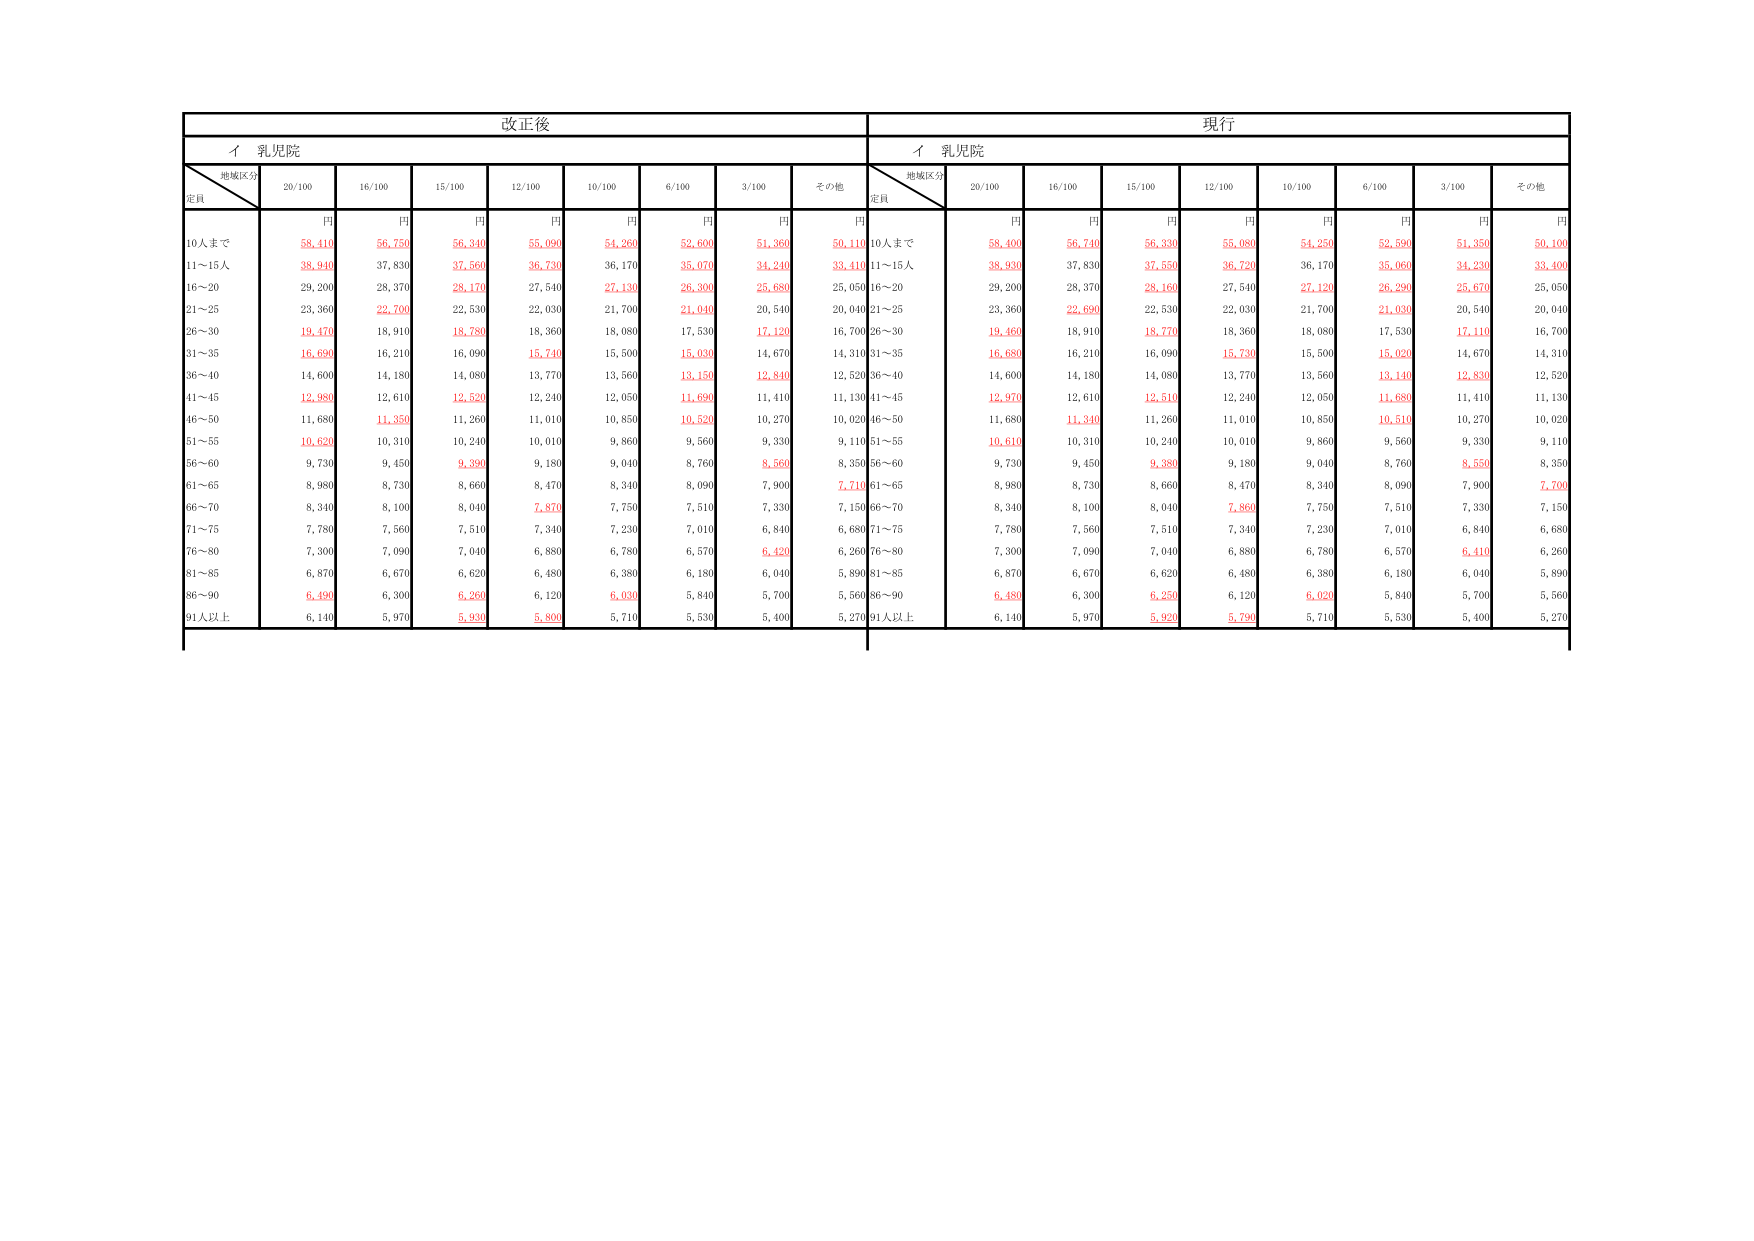
改正後
現行
イ 乳児院
イ 乳児院
地域区分
定員
20/100
16/100
15/100
12/100
10/100
6/100
3/100
その他
地域区分
定員
20/100
16/100
15/100
12/100
10/100
6/100
3/100
その他
円
円
円
円
円
円
円
円
円
円
円
円
円
円
円
円
円
円
10人まで
58,410
56,750
56,340
55,090
54,260
52,600
51,360
50,110
10人まで
58,400
56,740
56,330
55,080
54,250
52,590
51,350
50,100
11～15人
38,940
37,830
37,560
36,730
36,170
35,070
34,240
33,410
11～15人
38,930
37,830
37,550
36,720
36,170
35,060
34,230
33,400
16～20
29,200
28,370
28,170
27,540
27,130
26,300
25,680
25,050
16～20
29,200
28,370
28,160
27,540
27,120
26,290
25,670
25,050
21～25
23,360
22,700
22,530
22,030
21,700
21,040
20,540
20,040
21～25
23,360
22,690
22,530
22,030
21,700
21,030
20,540
20,040
26～30
19,470
18,910
18,780
18,360
18,080
17,530
17,120
16,700
26～30
19,460
18,910
18,770
18,360
18,080
17,530
17,110
16,700
31～35
16,690
16,210
16,090
15,740
15,500
15,030
14,670
14,310
31～35
16,680
16,210
16,090
15,730
15,500
15,020
14,670
14,310
36～40
14,600
14,180
14,080
13,770
13,560
13,150
12,840
12,520
36～40
14,600
14,180
14,080
13,770
13,560
13,140
12,830
12,520
41～45
12,980
12,610
12,520
12,240
12,050
11,690
11,410
11,130
41～45
12,970
12,610
12,510
12,240
12,050
11,680
11,410
11,130
46～50
11,680
11,350
11,260
11,010
10,850
10,520
10,270
10,020
46～50
11,680
11,340
11,260
11,010
10,850
10,510
10,270
10,020
51～55
10,620
10,310
10,240
10,010
9,860
9,560
9,330
9,110
51～55
10,610
10,310
10,240
10,010
9,860
9,560
9,330
9,110
56～60
9,730
9,450
9,390
9,180
9,040
8,760
8,560
8,350
56～60
9,730
9,450
9,380
9,180
9,040
8,760
8,550
8,350
61～65
8,980
8,730
8,660
8,470
8,340
8,090
7,900
7,710
61～65
8,980
8,730
8,660
8,470
8,340
8,090
7,900
7,700
66～70
8,340
8,100
8,040
7,870
7,750
7,510
7,330
7,150
66～70
8,340
8,100
8,040
7,860
7,750
7,510
7,330
7,150
71～75
7,780
7,560
7,510
7,340
7,230
7,010
6,840
6,680
71～75
7,780
7,560
7,510
7,340
7,230
7,010
6,840
6,680
76～80
7,300
7,090
7,040
6,880
6,780
6,570
6,420
6,260
76～80
7,300
7,090
7,040
6,880
6,780
6,570
6,410
6,260
81～85
6,870
6,670
6,620
6,480
6,380
6,180
6,040
5,890
81～85
6,870
6,670
6,620
6,480
6,380
6,180
6,040
5,890
86～90
6,490
6,300
6,260
6,120
6,030
5,840
5,700
5,560
86～90
6,480
6,300
6,250
6,120
6,020
5,840
5,700
5,560
91人以上
6,140
5,970
5,930
5,800
5,710
5,530
5,400
5,270
91人以上
6,140
5,970
5,920
5,790
5,710
5,530
5,400
5,270